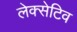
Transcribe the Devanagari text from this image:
लेक्सेटिव